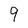
Character: 9